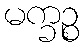
မက္ခဉ္စ